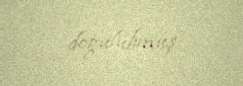
doğulubmuş.